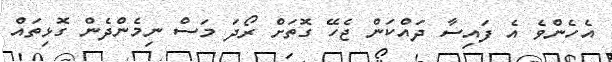
އެހެންވެ އެ ފައިސާ ދައްކަން ޖެހޭ ގޮތަށް ރޯދަ މަސް ނިމެންދެން ގޮޅިތައް